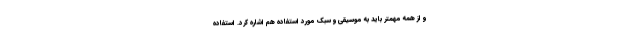
و از همه مهمتر باید به موسیقی و سبک مورد استفاده هم اشاره کرد. استفاده